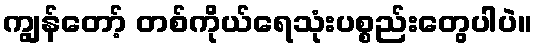
ကျွန်တော့် တစ်ကိုယ်ရေသုံးပစ္စည်းတွေပါပဲ။